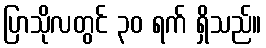
ပြာသိုလတွင် ၃၀ ရက် ရှိသည်။